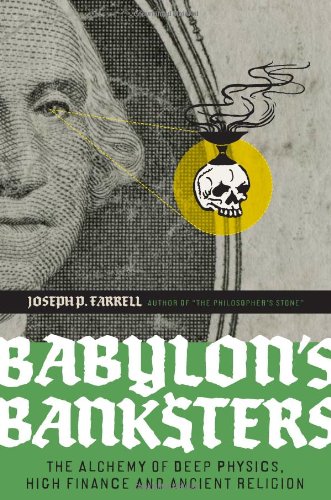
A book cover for Babylon's Banksters: The Alchemy of Deep Physics, High Finance and Ancient Religion; Joseph P. Farrell; Religion & Spirituality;